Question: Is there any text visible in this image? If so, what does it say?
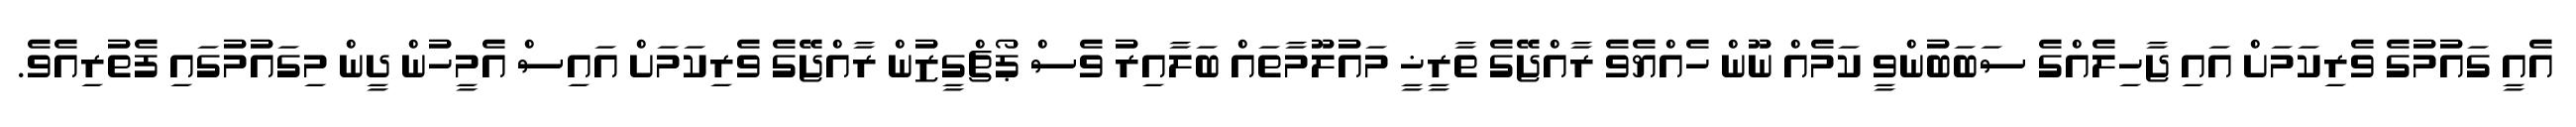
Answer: އެއީ ގައުމުގެ ވެރިކަމަށް އައި ޖާހިލެއްގެ ސަބަބުންވީ ކަމެއް ނޫން ހެއްޔެވެ ރާއްޖޭގެ ތާރީޚީ މައުލޫމާތައް ބަލާއިރު ވެސް ޕޯޗްގީޒުން ރާއްޖޭގެ ވެރިކަމަށް އައިސް އެމީހުން ދީން މިގައުމުގައި ފެތުރިއެވެ.